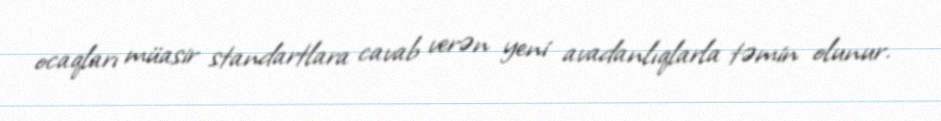
ocaqları müasir standartlara cavab verən yeni avadanlıqlarla təmin olunur.